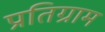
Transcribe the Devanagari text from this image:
प्रतिग्राम